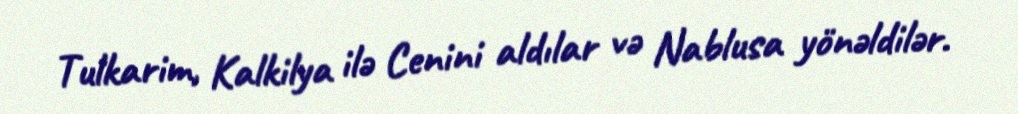
Tulkarim, Kalkilya ilə Cenini aldılar və Nablusa yönəldilər.